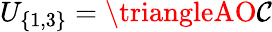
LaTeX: U_{\{ 1,3\} }=\triangleAO\mathcal{C}